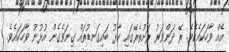
އެއް ވާހަކައެކެވެ. ރޭ ދަންވަރު ރަށުތެރޭގައި ކާޅު ބައިގަނޑުތައް ގިނަވެގެން އުޅުނު ވާހަކައެވެ.